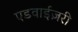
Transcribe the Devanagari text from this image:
एडवाईज़री